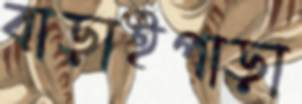
বাড়াইপাড়া